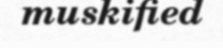
muskified